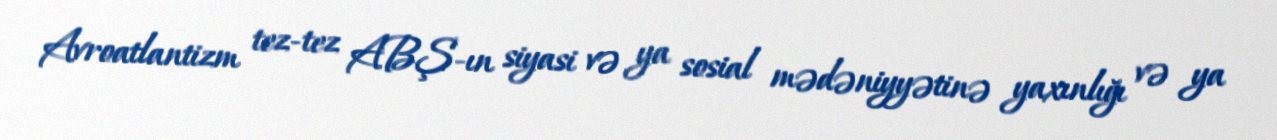
Avroatlantizm tez-tez ABŞ-ın siyasi və ya sosial mədəniyyətinə yaxınlığı və ya